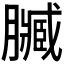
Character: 𮍄